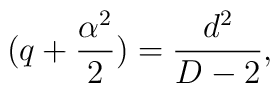
(q+\frac{\alpha^{2}}{2})=\frac{d^2}{D-2},